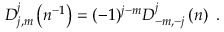
D _ { j , m } ^ { j } \left( n ^ { - 1 } \right) = ( - 1 ) ^ { j - m } D _ { - m , - j } ^ { j } \left( n \right) \ .